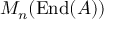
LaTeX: M _ { n } ( \operatorname { E n d } ( A ) )